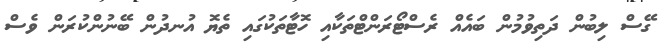
ގޭސް ލިބުން ދަތިވުމުން ބައެއް ރެސްޓޯރަންޓްތަކާއި ހޮޓާތަކުގައި ތެޔޮ އުނދުން ބޭނުންކުރަން ވެސް